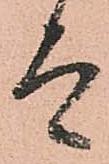
而